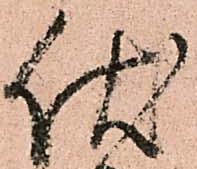
伏